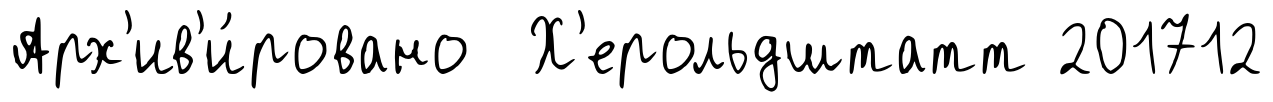
Арх'ив'и́ровано Х'ерольдштатт 201712